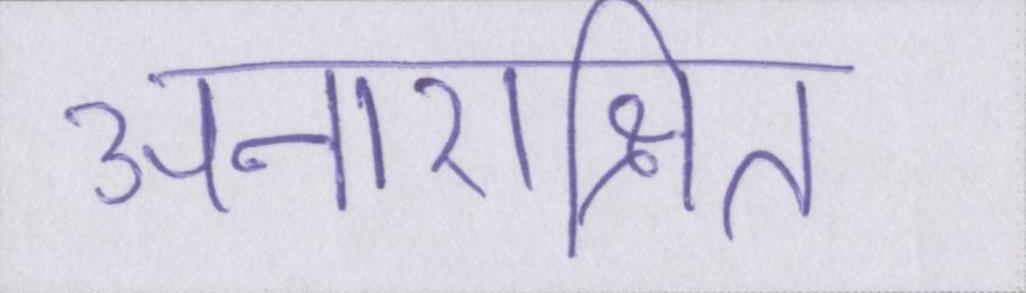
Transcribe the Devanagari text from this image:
अनारक्षित